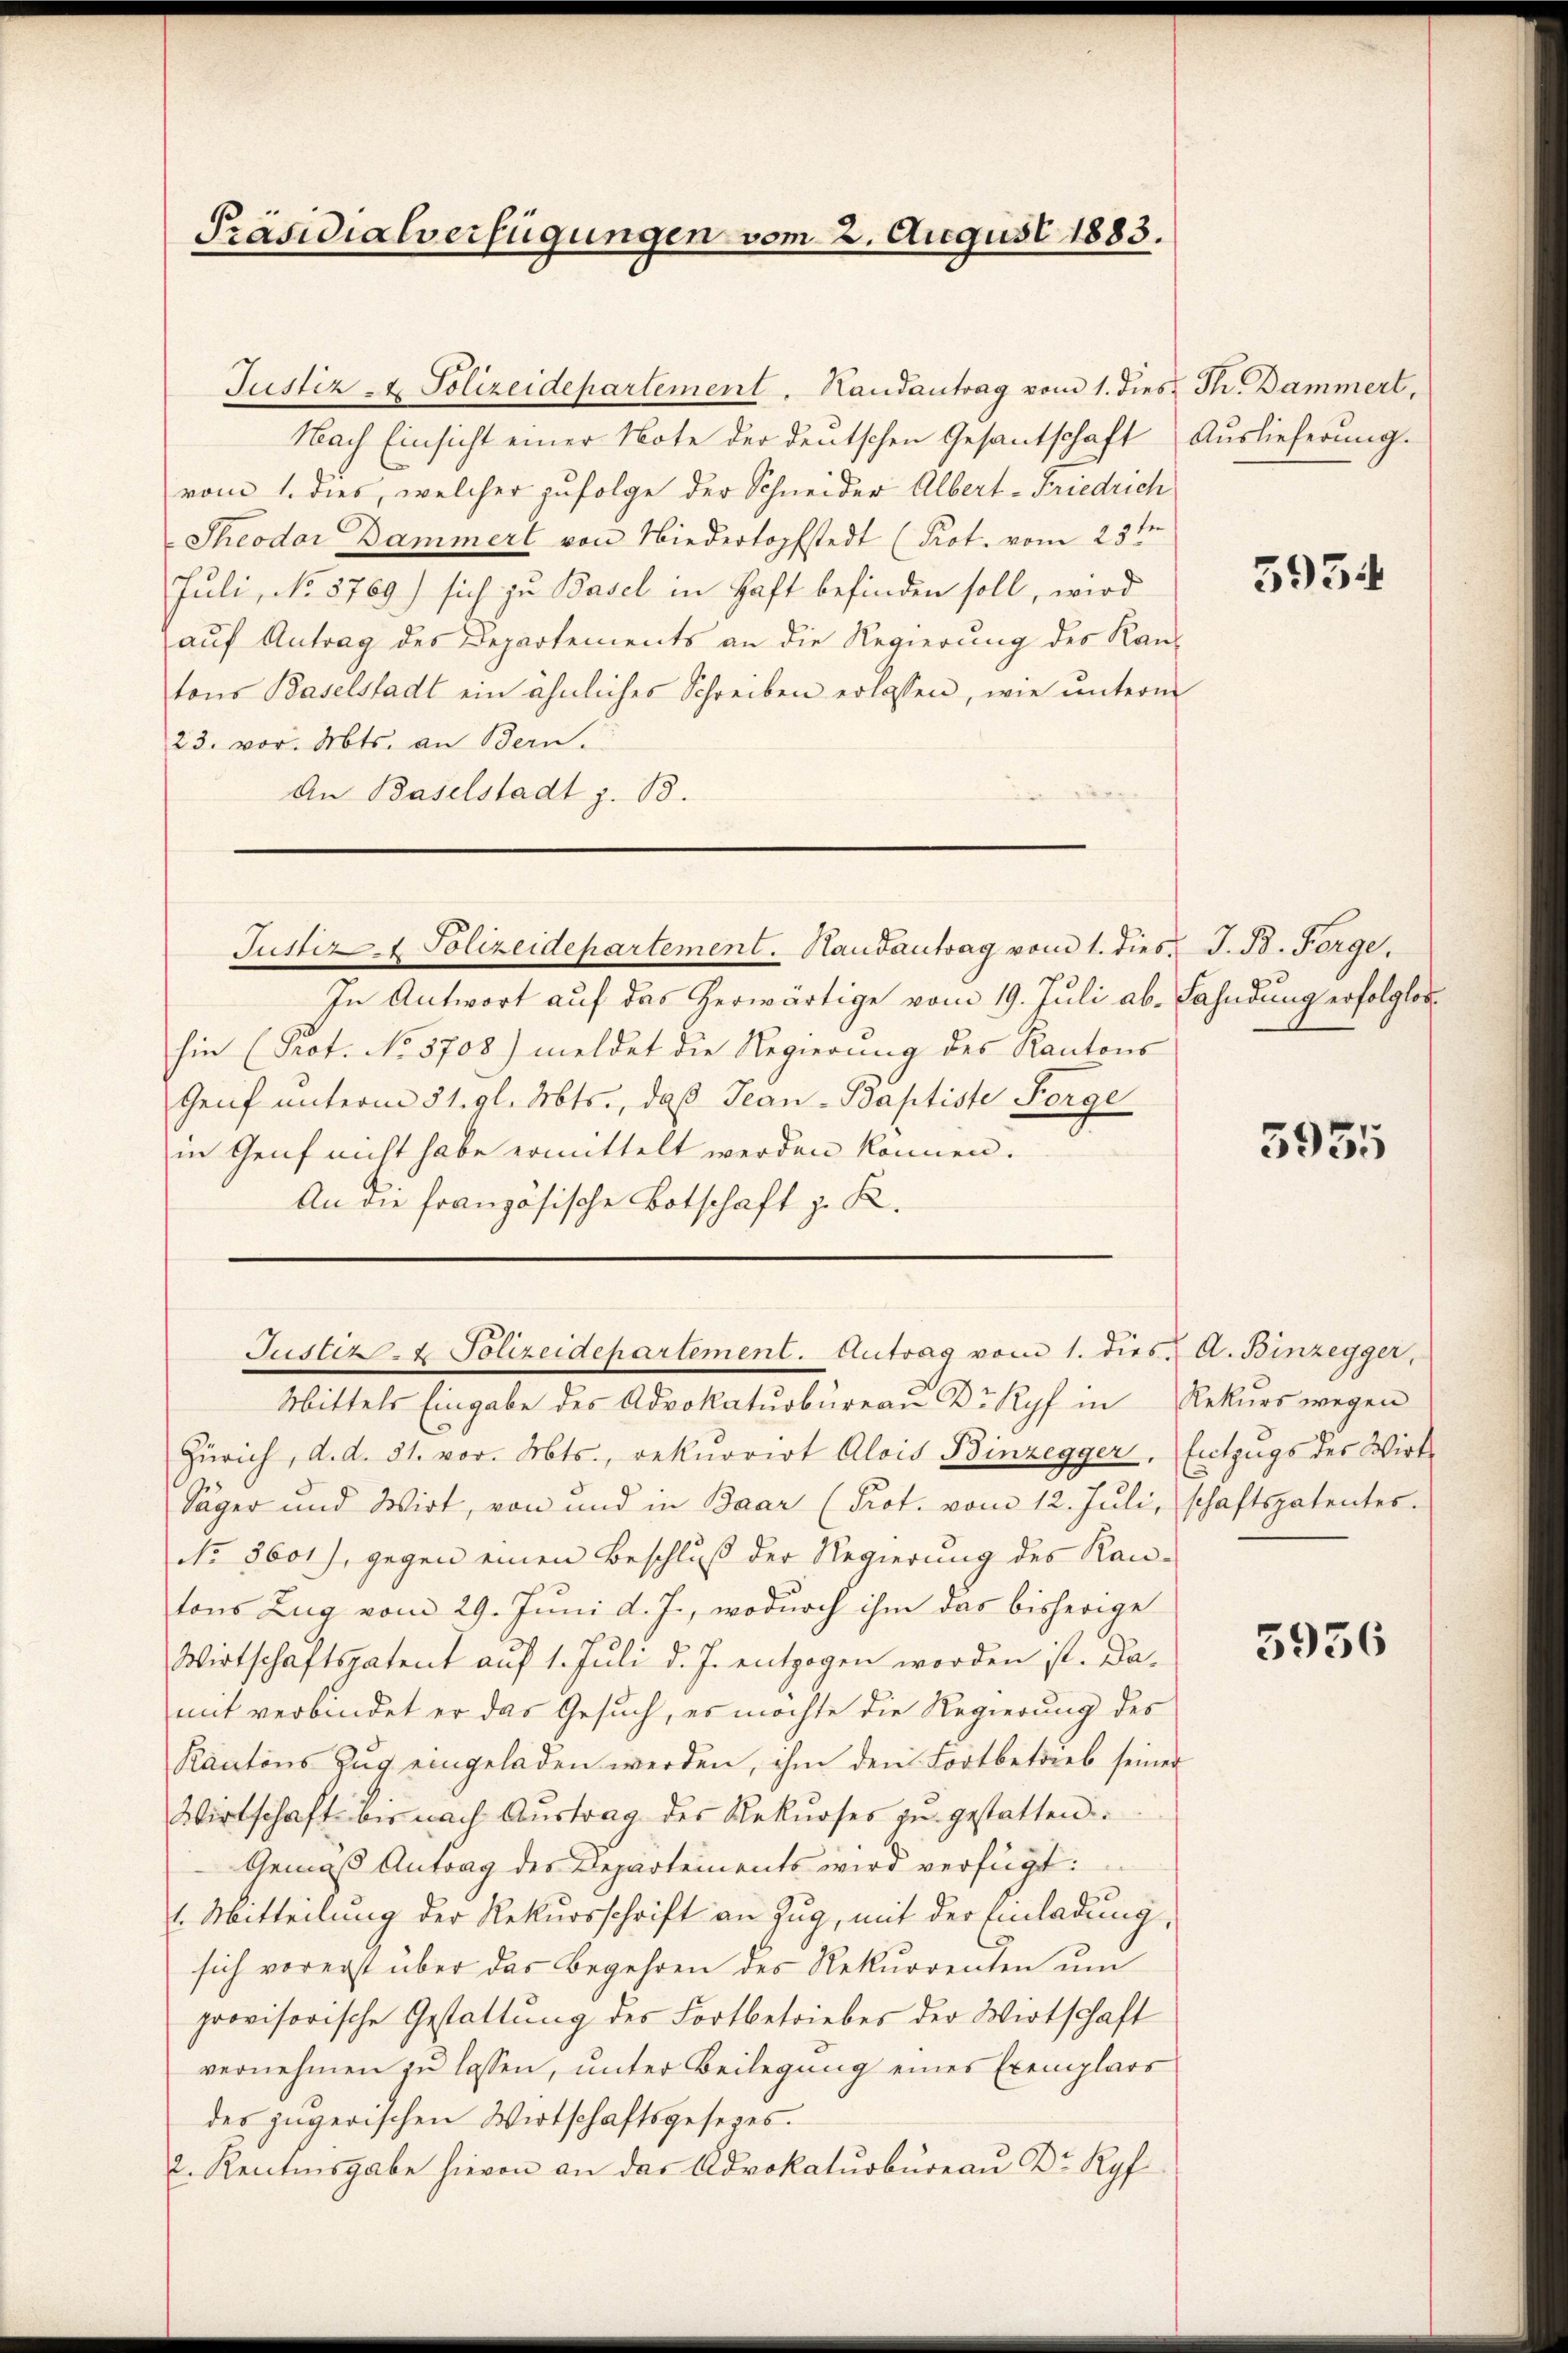
Präsidialverfügungen vom 2. August 1883.

Justiz- & Polizeidepartement. Antrag vom 1. dies A. Binzegger,

Justiz- & Polizeidepartement. Handantrag vom 1. dies Th. Dammert,
Nach Einsicht einer Note der deutschen Gesantschaft Auslieferung.
vom 1. dies, welcher zufolge der Schneider Albert-Friedrich
Theodor Dammert von Niedertopfstedt (Prot. vom 23ten
Juli, No 5769) sich zu Basel in Haft befinden soll, wird
auf Antrag des Departements an die Regierung des Kan-
tons Baselstadt ein ähnliches Schreiben erlassen, wie unterm
23. vor. Mts. an Bern.
An Baselstadt z. B.
Justiz- & Polizeidepartement. Haŭsantrag vom 1. dies. J. B. Förge,
In Antwort auf das herwärtige vom 19. Juli ab. Fahndung erfolglos
hin (Prot. No 3708) meldet die Regierung des Kantons
Genf unterm 31. gl. Mts., daß Jean-Baptiste Sorge
in Genf nicht habe ermittelt werden können.
An die französische Botschaft z. K.

Mittels Eingabe des Advokaturbureau Dr. Ryf in
Zürich, d. d. 31. vor. Mts., rekurrirt Alois Binzegger, Entzugs des Wirt
Säger und Wirt, von und in Baar (Prot. vom 12. Juli, schaftspatentes.
No. 8601), gegen einen Beschluß der Regierung des Rautons Zug vom 29. Juni d. J., wodurch ihm das bisherige
Wirtschaftspatent auf 1. Juli d. J. entzogen worden ist. Da-
mit verbindet er das Gesuch, es möchte die Regierung des
Kantons Zŭg eingeladen werden, ihm den Fortbetrieb seiner
Wirtschaft bis nach Austrag des Rekurses zŭ gestatten
Gemäß Antrag des Departements wird verfügt:
1. Mitteilung der Rekursschrift an Zug, mit der Einladung,
sich vorerst über das Begehren des Rekurrenten um
provisorische Gestattung des Fortbetriebes der Wirtschaft
vernehmen zu lassen, unter Beilegung eines Exemplars
des jugerischen Wirtschaftsgesezes.
2. Rentinsgabe hievon an das Advokaturbureau Dr. Ryf

5934

5955

Rekurs wegen

5936